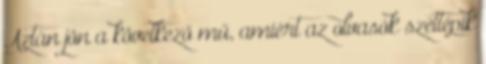
Aztán jön a következő mű, amiért az olvasók széttépik